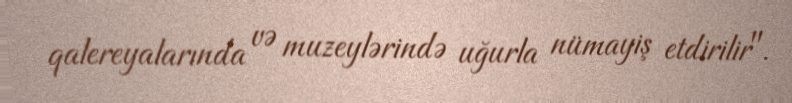
qalereyalarında və muzeylərində uğurla nümayiş etdirilir".